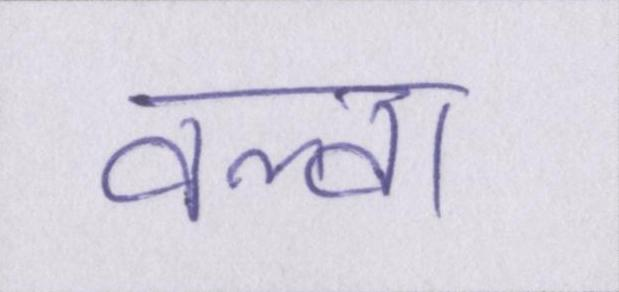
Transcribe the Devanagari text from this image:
वल्वा